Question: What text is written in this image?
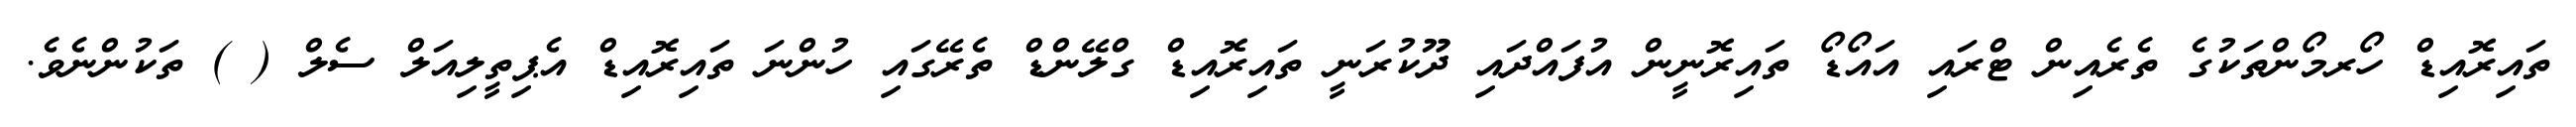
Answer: ތައިރޮއިޑް ހޯރމޯންތަކުގެ ތެރެއިން ޓްރައި އައޯޑޯ ތައިރޮނީން އުފައްދައި ދޫކުރަނީ ތައިރޮއިޑް ގްލޭންޑް ތެރޭގައި ހުންނަ ތައިރޮއިޑް އެޕިތީލިއަލް ސެލް ( ) ތަކުންނެވެ.